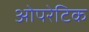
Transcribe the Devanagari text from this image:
ओपरेटिक